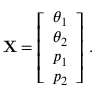
\mathbf { X } = \left[ \begin{array} { l } { \theta _ { 1 } } \\ { \theta _ { 2 } } \\ { p _ { 1 } } \\ { p _ { 2 } } \end{array} \right] \, .